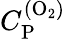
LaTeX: C_{\mathrm{P}}^{\mathrm{(O_{2})}}